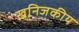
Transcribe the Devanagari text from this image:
खनिजकीय